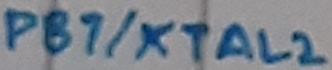
Text: PB7/XTAL2